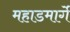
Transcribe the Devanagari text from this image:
महाडमार्गे